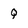
Character: Q